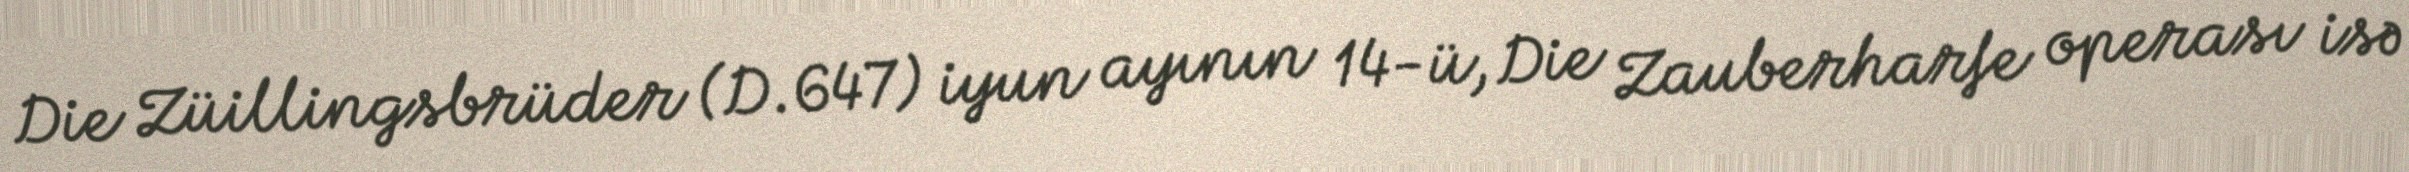
Die Züillingsbrüder (D.647) iyun ayının 14-ü, Die Zauberharfe operası isə